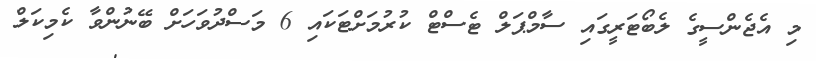
މި އެޖެންސީގެ ލެބޯޓަރީގައި ސާމްޕަލް ޓެސްޓް ކުރުމަށްޓަކައި 6 މަސްދުވަހަށް ބޭނުންވާ ކެމިކަލް